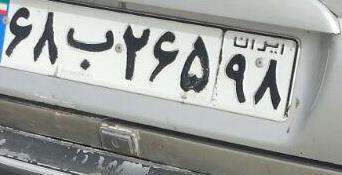
۶۸ب۲۶۵۹۸